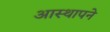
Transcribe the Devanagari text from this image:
आस्थापने